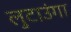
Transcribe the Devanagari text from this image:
लुटाउंगा